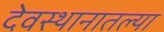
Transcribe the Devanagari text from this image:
देवस्थानातल्या